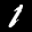
Label: 1